Report of the veterinary officer investigating camel disease
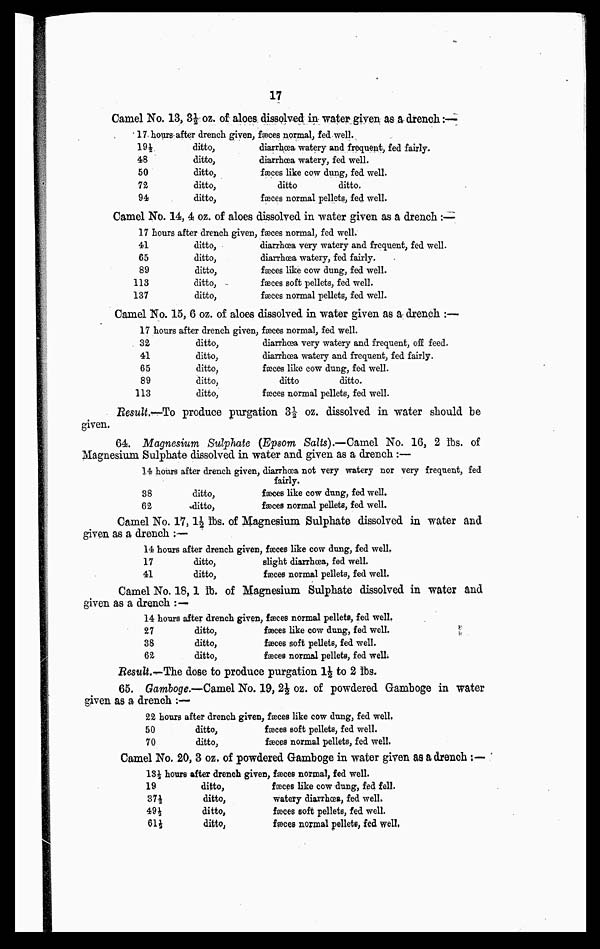
17
Camel No. 13, 3 ½oz. of alœs dissolved in water given as a drench:—
17 hours
19½
48
50
72
94
after drench given, faeces normal, fed well.
ditto,
ditto,
ditto,
ditto,
ditto,
diarrhœa watery and frequent, fed fairly.
diarrhœa watery, fed well.
fæces like cow dung, fed well.
ditto
ditto.
fæces normal pellets, fed well.
Camel No. 14, 4 oz. of alœs dissolved in water given as a drench:—
17 hours
41
65
89
113
137
after drench given,
ditto,
ditto,
ditto,
ditto,
ditto,
fæces normal, fed well.
diarrhœa very watery and frequent, fed well.
diarrhœa watery, fed fairly.
fæces like cow dung, fed well.
fæces soft pellets, fed well.
fæces normal pellets, fed well.
Camel No. 15, 6 oz. of alœs dissolved in water given as a drench :—
17 hours
32
41
65
89
113
after drench given,
ditto,
ditto,
ditto,
ditto,
ditto,
fæces normal, fed well.
diarrhœa very watery and frequent, off feed.
diarrhœa watery and frequent, fed fairly.
fæces like cow dung, fed well.
ditto
ditto.
fæces normal pellets, fed well.
Result.—To produce purgation 3 ½ oz. dissolved in water should be
given.
64. Magnesium Sulphate (Epsom Salts).—Camel No. 16, 2 lbs. of
Magnesium Sulphate dissolved in water and given as a drench :—
14 hours after drench given, diarrhœa not very watery nor very frequent, fed
fairly.
38
62
ditto,
ditto,
fæces like cow dung, fed well.
fæces normal pellets, fed well.
Camel No. 17,1 1/2 lbs. of Magnesium Sulphate dissolved in water and
given as a drench ;—
14 hours after drench given, fæces like cow dung, fed well,
17
41
ditto,
ditto,
slight diarrhœa, fed well.
fæces normal pellets, fed well.
Camel No. 18,1 lb. of Magnesium Sulphate dissolved in water and
given as a drench :—
14 hours
27
38
62
after drench gives,
ditto,
ditto,
ditto,
fæces normal pellets, fed well,
fæces like cow dung, fed well.
fæces soft pellets, fed well.
fæces normal pellets, fed well;
Result.—The dose to produce purgation 1 ½ to 2 lbs.
65. Gamboge.—Camel No. 19, 2 ½ oz. of powdered Gamboge in water
given as a drench :—
22 hours
50
70
after drench given,
ditto,
ditto,
fæces like cow dung, fed well,
fæces soft pellets, fed well.
fæces normal pellets, fed well.
Camel No. 20, 3 oz, of powdered Gamboge in water given as a drench :—
13½ hours
19
37½
49½
61½
after drench given,
ditto,
ditto,
ditto,
ditto,
fæces normal, fed well.
fæces like cow dung, fed fell.
watery diarrhœa, fed well.
fæces soft pellets, fed well.
fæces normal pellets, fed well,